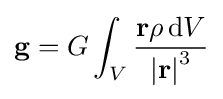
\mathbf {g} =G\int _{V}{\frac {\mathbf {r} \rho \,\mathrm {d} {V}}{\left|\mathbf {r} \right|^{3}}}\,\!